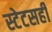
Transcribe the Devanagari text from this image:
स्टेटसही